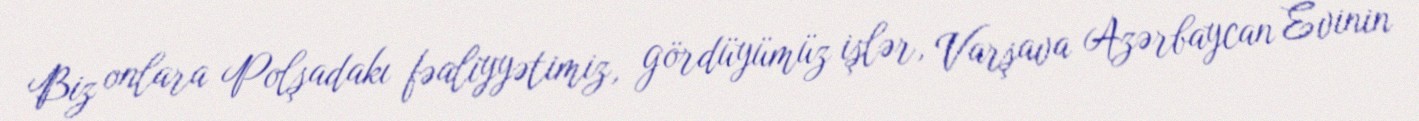
Biz onlara Polşadakı fəaliyyətimiz, gördüyümüz işlər, Varşava Azərbaycan Evinin